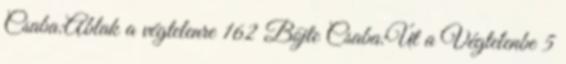
Csaba:Ablak a végtelenre 162 Böjte Csaba:Út a Végtelenbe 5